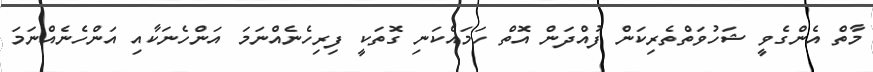
މާތް އެންގެވީ ޝަހުވަތްތެރިކަން ފުއްދަން އޮތް ހަމައެކަނި ގޮތަކީ ފިރިހެނެއްނަމަ އަންހެނަކާއި އަންހެނެއްނަމަ